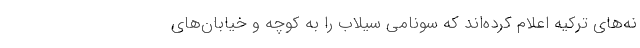
نه‌های ترکیه اعلام کرده‌اند که سونامی سیلاب را به کوچه و خیابان‌های